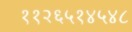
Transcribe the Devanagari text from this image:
११२६५१४५४८